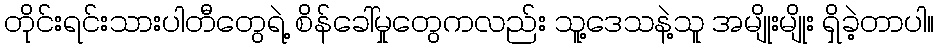
တိုင်းရင်းသားပါတီတွေရဲ့ စိန်ခေါ်မှုတွေကလည်း သူ့ဒေသနဲ့သူ အမျိုးမျိုး ရှိခဲ့တာပါ။